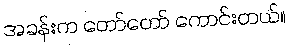
အခန်းက တော်တော် ကောင်းတယ်။